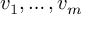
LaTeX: v _ { 1 } , \dots , v _ { m }